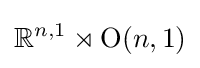
\mathbb {R} ^{n,1}\rtimes \operatorname {O} (n,1)